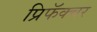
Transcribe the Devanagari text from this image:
प्रिफॅक्चर